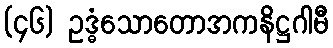
(၄၆) ဥဒ္ဓံသောတောအကနိဋ္ဌဂါမီ